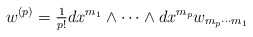
\begin{align*}w^{(p)}=\hbox{${1\over p!}$}dx^{m_1}\wedge\cdots \wedge dx^{m_p} w_{m_p\cdots m_1}\end{align*}